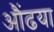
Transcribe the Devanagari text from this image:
औंढया